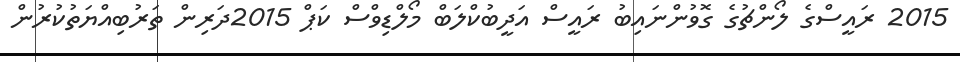
2015 ރައީސްގެ ލޯންޗުގެ ގޮވުންނައިބު ރައީސް އަދީބުކްލަބް މޯލްޑިވްސް ކަޕް 2015ދަރިން ތަރުބިއްޔަތުކުރުން